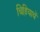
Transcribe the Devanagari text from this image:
चिड़ियायें